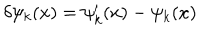
LaTeX: \delta \psi _ { k } ( x ) = \psi _ { k } ^ { \prime } ( x ) - \psi _ { k } ( x ) \,